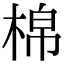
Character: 棉